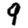
Digit: 9